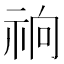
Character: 𰧽